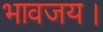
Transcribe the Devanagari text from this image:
भावजय।